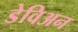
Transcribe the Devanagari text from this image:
डेविअन